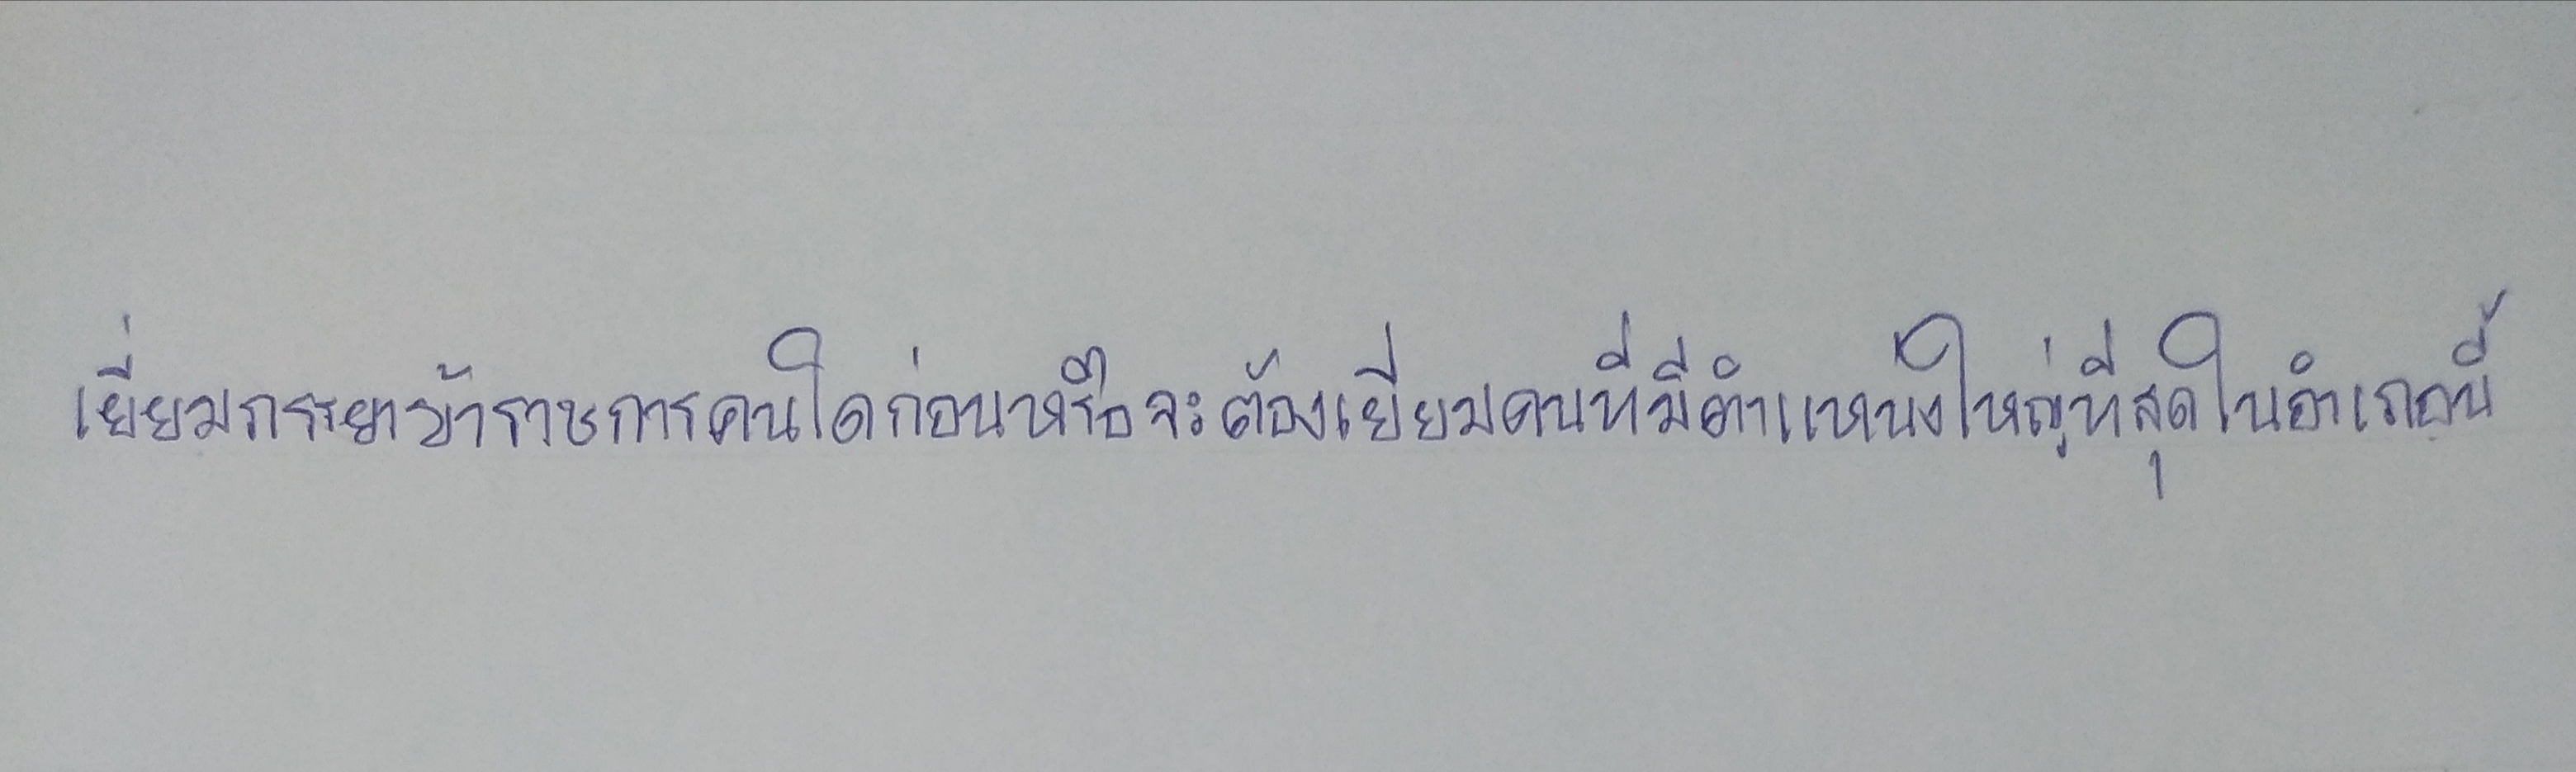
เยี่ยมภรรยาข้าราชการคนใดก่อนหรือจะต้องเยี่ยมคนที่มีตำแหน่งใหญ่ที่สุดในอำเภอนี้